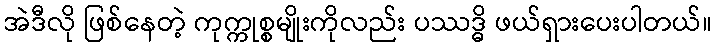
အဲဒီလို ဖြစ်နေတဲ့ ကုက္ကုစ္စမျိုးကိုလည်း ပဿဒ္ဓိ ဖယ်ရှားပေးပါတယ်။